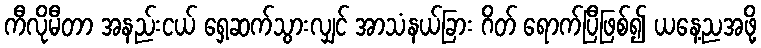
ကီလိုမီတာ အနည်းငယ် ရှေ့ဆက်သွားလျှင် အာသံနယ်ခြား ဂိတ် ရောက်ပြီဖြစ်၍ ယနေ့ညအဖို့